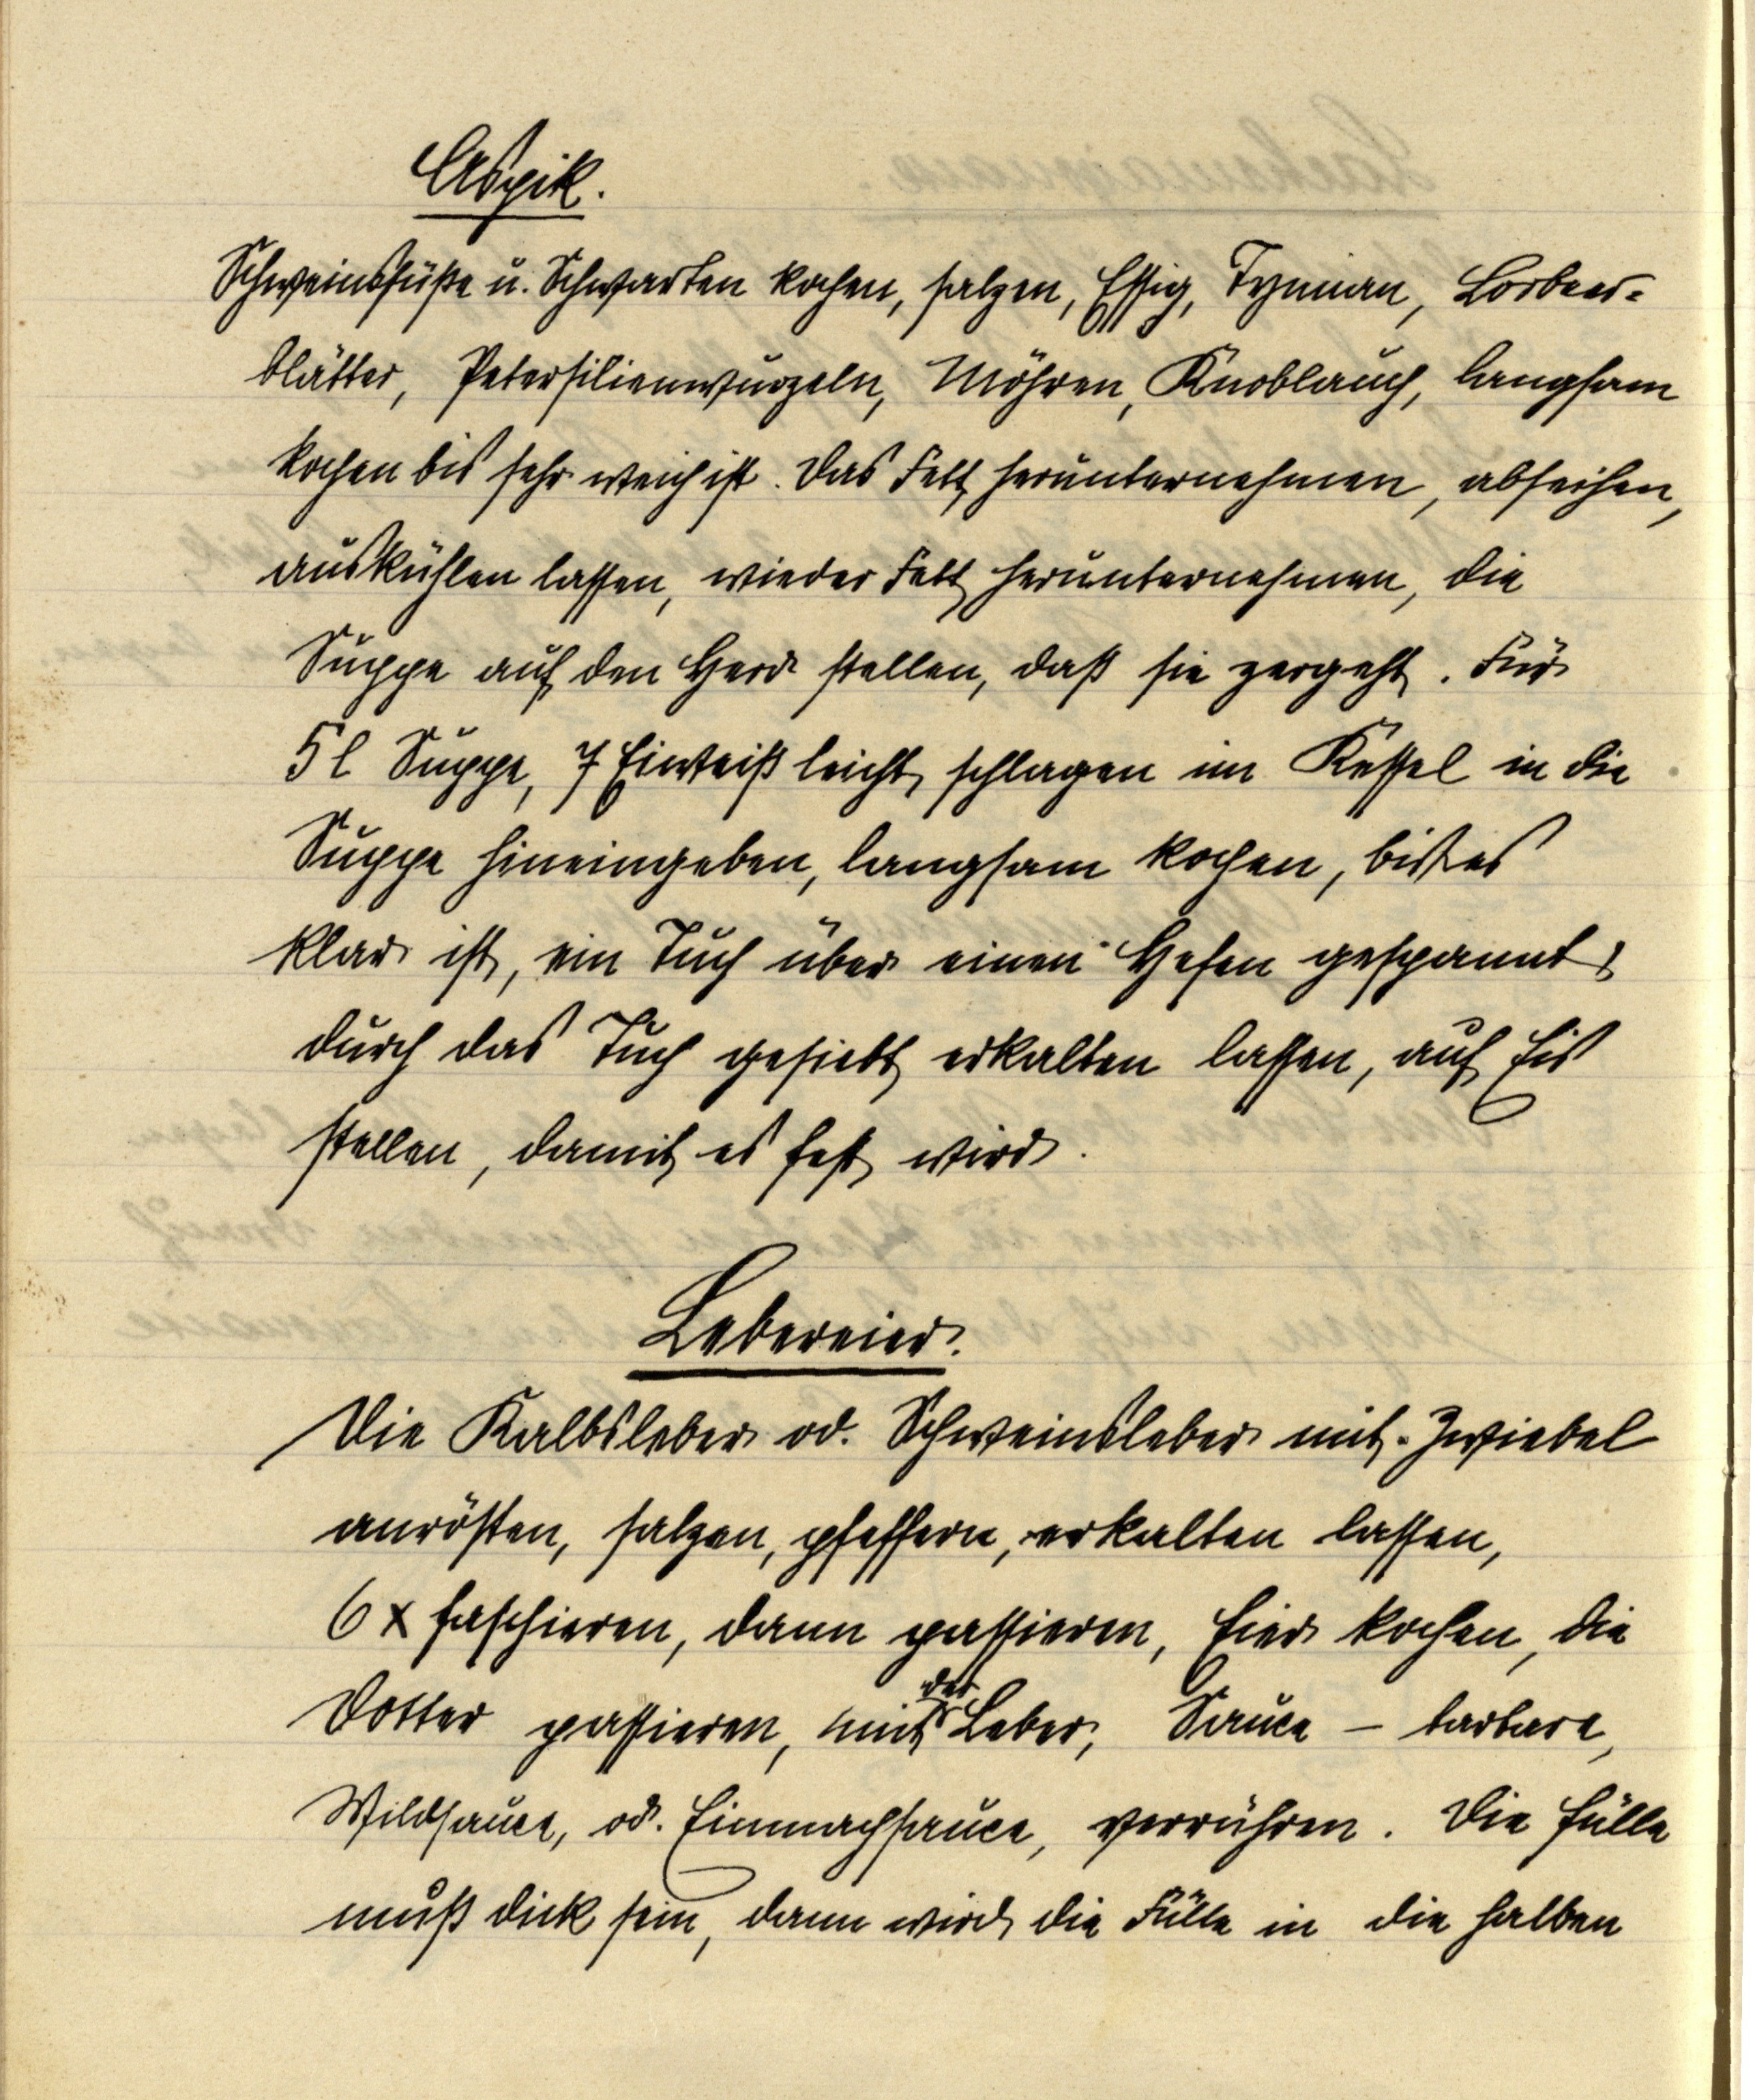
Aspik.
Schweinsfüße u. Schwarten kochen, salzen, Essig, Tymian, Lorbeer¬
blätter, Petersilienwurzeln, Möhren, Knoblauch, langsam
kochen bis sehr weich ist. Das Fett herunternehmen, abseihen,
auskühlen lassen, wieder Fett herunternehmen, die
Suppe auf den Herd stellen, daß sie zergeht. Für
5 l Suppe, 7 Eiweiß leicht schlagen im Kessel in die
Suppe hineingeben, langsam kochen, biß es
klar ist, ein Tuch über einen Hefen gespannt,
durch das Tuch gesiebt erkalten lassen, auf Eis
stellen, damit es fest wird.

Lebereier.
Die Kalbsleber od. Schweinsleber mit Zwiebel
anrösten, salzen, pfeffern, erkalten lassen,
6x faschieren, dann passieren, Eier kochen, die
Dotter passieren, mit der Leber, Sauce-tartare,
Wildsauce, od. Einmachsauce, verrühren. Die Fülle
muß dick sein, dann wird die Fülle in die halben